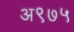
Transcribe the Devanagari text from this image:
अ९७५